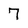
Character: 7